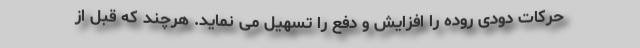
حرکات دودی روده را افزايش و دفع را تسهيل می نمايد. هرچند که قبل از